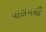
પાલનથી